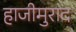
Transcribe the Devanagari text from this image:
हाजीमुराद